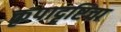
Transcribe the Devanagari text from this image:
कृपादृष्टिचा